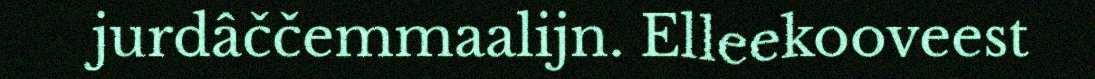
jurdâččemmaalijn. Elleekooveest